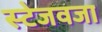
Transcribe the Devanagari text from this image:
स्टेजवजा